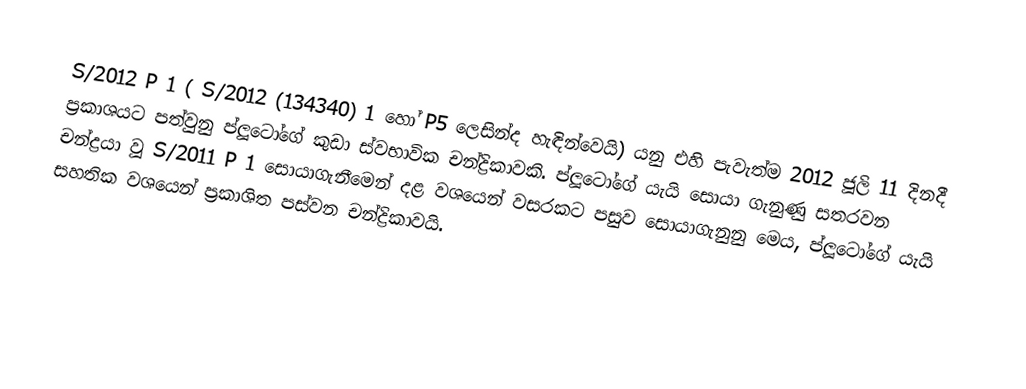
S/2012 P 1 ( S/2012 (134340) 1 හෝ P5 ලෙසින්ද හැඳින්වෙයි) යනු  එහි පැවැත්ම 2012 ජූලි 11 දිනදී ප්‍රකාශයට පත්වුනු ප්ලූටෝගේ කුඩා ස්වභාවික චන්ද්‍රිකාවකි. ප්ලූටෝගේ යැයි සොයා ගැනුණු සතරවන චන්ද්‍රයා වූ S/2011 P 1 සොයාගැනීමෙන් දළ වශයෙන් වසරකට පසුව සොයාගැනුනු මෙය, ප්ලූටෝගේ යැයි සහතික වශයෙන් ප්‍රකාශිත පස්වන චන්ද්‍රිකාවයි.